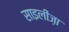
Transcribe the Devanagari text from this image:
साइलीज़ा